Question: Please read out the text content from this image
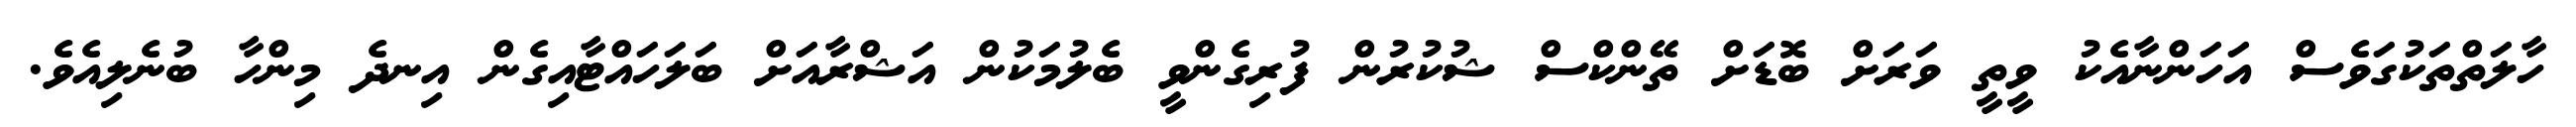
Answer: ހާލަތްތަކުގަވެސް އަހަންނާއެކު ވީތީ ވަރަށް ބޮޑަށް ތޭންކްސް ޝުކުރުން ފުރިގެންވީ ބެލުމަކުން އަޝްރާއަށް ބަލަހައްޓާއިގެން އިނދެ މިންހާ ބުނެލިއެވެ.